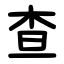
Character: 查